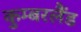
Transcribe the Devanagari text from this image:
कुम्बरलैंड